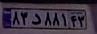
۸۳د۸۸۱۴۳